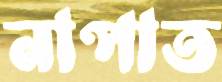
নাপাত